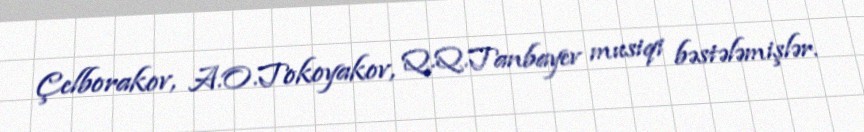
Çelborakov, A.O.Tokoyakov, Q.Q.Tanbayev musiqi bəstələmişlər.